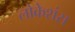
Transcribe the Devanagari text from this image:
लोकेशंस